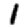
Digit: 1